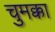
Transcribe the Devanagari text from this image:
चुमक्का